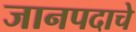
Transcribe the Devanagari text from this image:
जानपदाचे